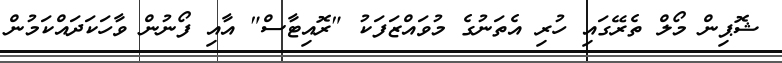
ޝޮޕިން މޯލް ތެރޭގައި ހުރި އެތަނުގެ މުވައްޒަފަކު "ރޮއިޓާސް" އާއި ފޯނުން ވާހަކަދައްކަމުން